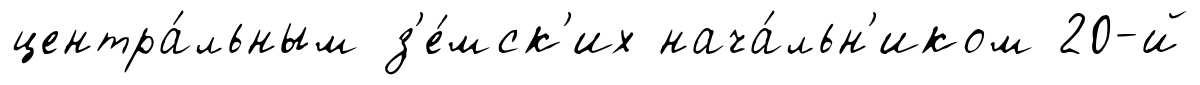
центра́льным з'е́мск'их нача́льн'иком 20-й